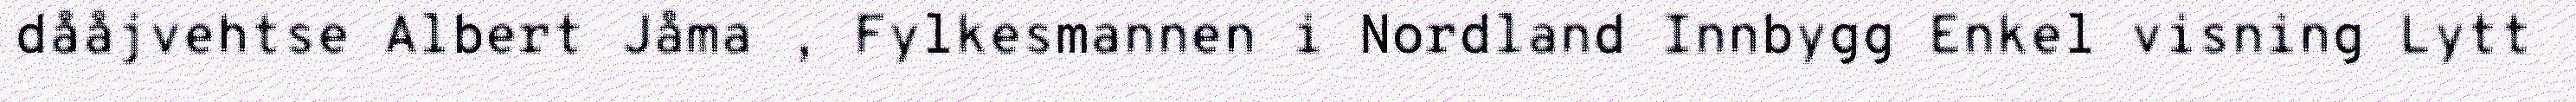
dååjvehtse Albert Jåma , Fylkesmannen i Nordland Innbygg Enkel visning Lytt